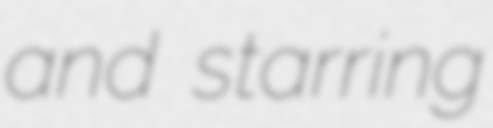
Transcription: and starring